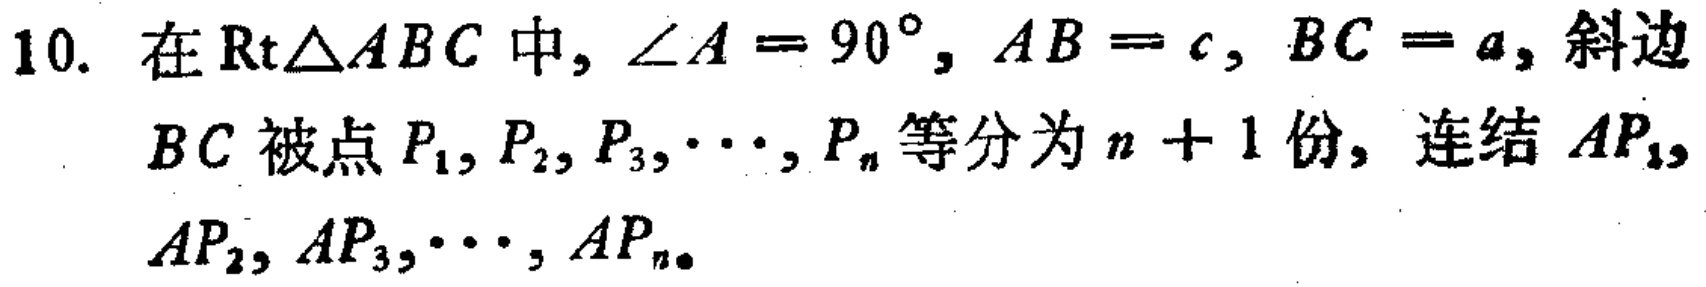
10. 在$\text{Rt}\triangle ABC$中，$\angle A = 90^{\circ}$，$AB = c$，$BC = a$，斜边$BC$被点$P_1,P_2,P_3,\cdots,P_n$等分为$n + 1$份，连结$AP_1$，$AP_2$，$AP_3$，$\cdots$，$AP_n$。